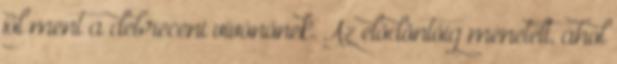
jól ment a debreceni vívónőnek. Az elődöntőig menetelt, ahol